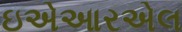
ઇએઆરએલ